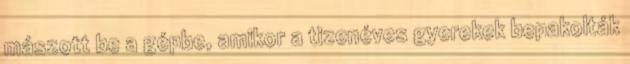
mászott be a gépbe, amikor a tizenéves gyerekek bepakolták